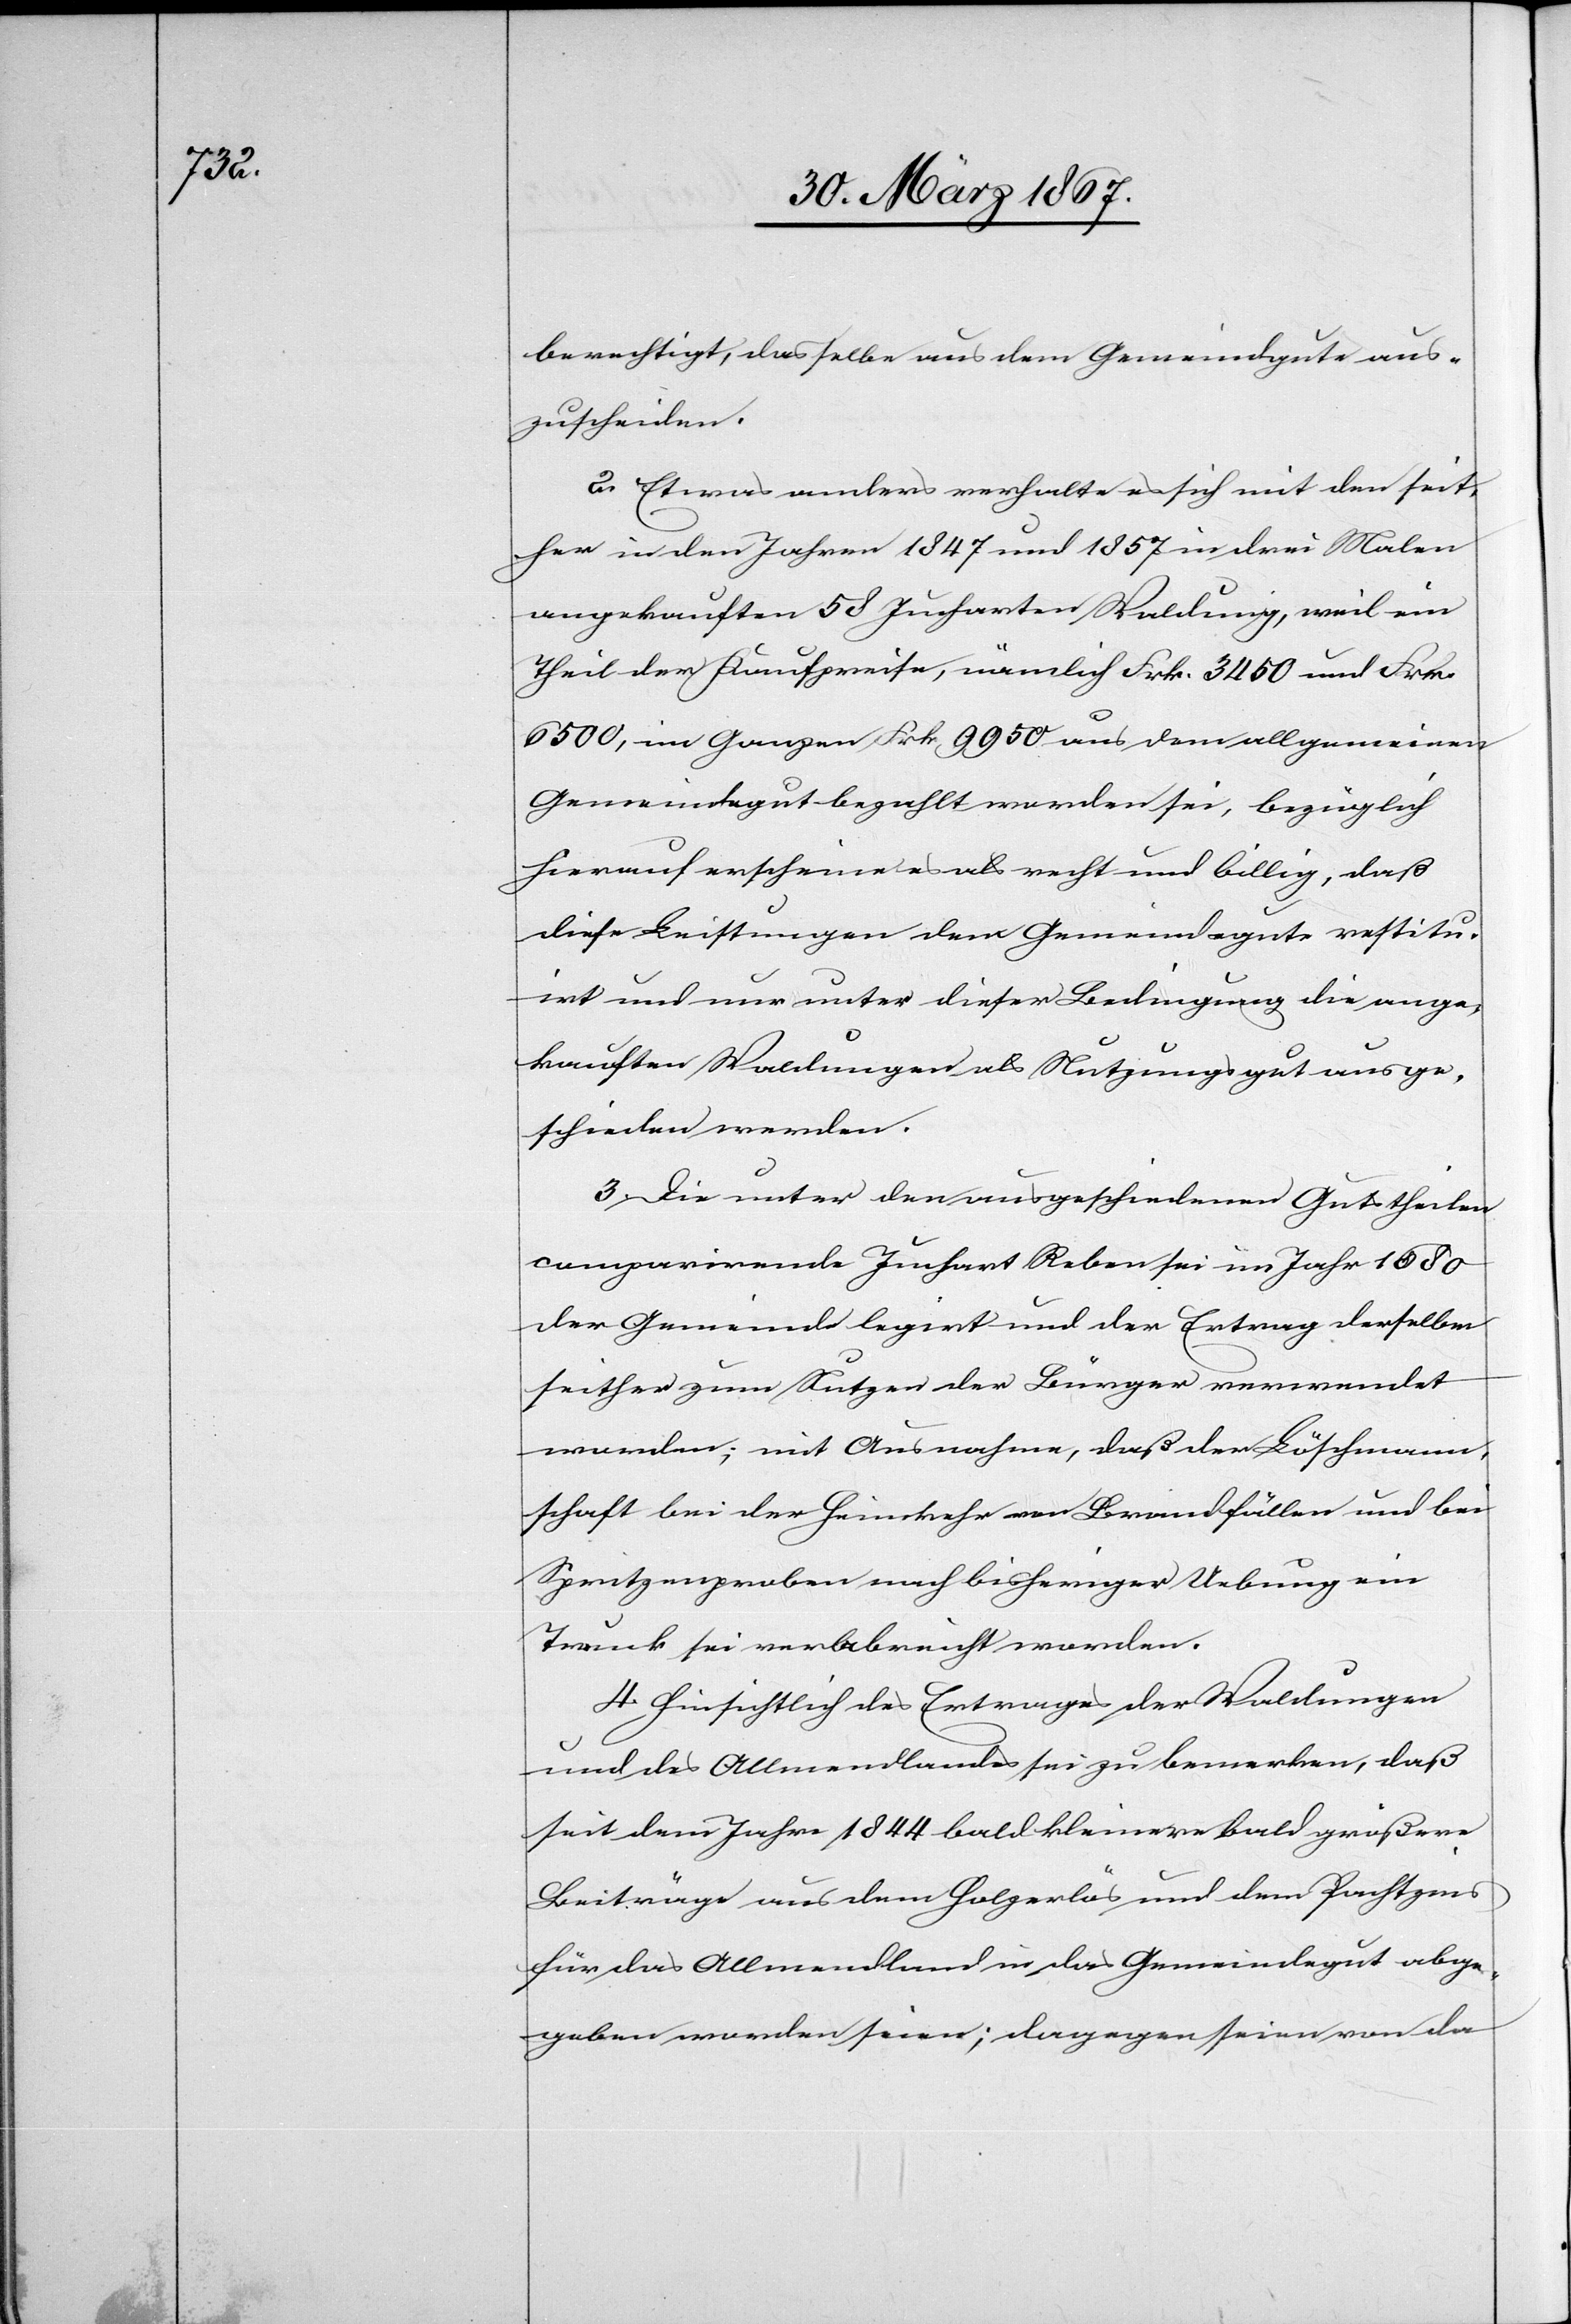
berechtigt, dasselbe aus dem Gemeindgute aus¬
zuscheiden.
2. Etwas anders verhalte es sich mit den seit¬
her in den Jahren 1847 und 1857 in drei Malen
angekauften 58 Jucharten Waldung, weil ein
Theil der Kaufpreise, nämlich Frk. 3450 und Frk.
6500, im Ganzen Frk. 9950 aus dem allgemeinen
Gemeindegut bezahlt worden sei, bezüglich
hierauf erscheine es als recht und billig, daß
diese Leistungen dem Gemeindegute restitu¬
irt und nur unter dieser Bedingung die ange¬
kauften Waldungen als Nutzungsgut ausge¬
schieden werden.
3. Die unter den ausgeschiedenen Gutstheilen
comparirende Juchart Reben sei im Jahr 1680
der Gemeinde legirt und der Ertrag derselben
seither zum Nutzen der Bürger verwendet
worden; mit Ausnahme, daß der Löschmann¬
schaft bei der Heimkehr von Brandfällen und bei
Spritzenproben nach bisheriger Uebung ein
Trunk sei verabreicht worden.
4. Hinsichtlich des Ertrages der Waldungen
und des Allmendlandes sei zu bemerken, daß
seit dem Jahre 1844 bald kleinere bald größere
Beiträge aus dem Holzerlös und dem Pachtzins
für das Allmendland in das Gemeindegut abge¬
geben worden seien; dagegen seien von da